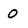
Character: O